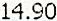
14.90